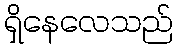
ရှိနေလေသည်